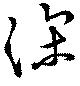
深